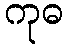
ကုဓ